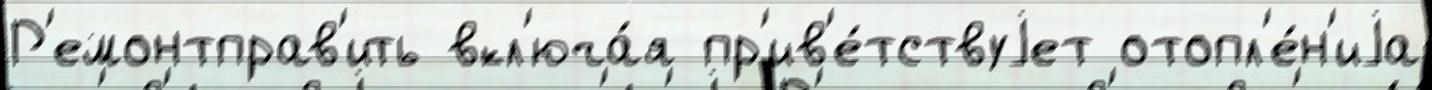
Р'емонтправ'ить вкл'юча́я пр'ив'е́тствуjет отопл'е́н'иjа